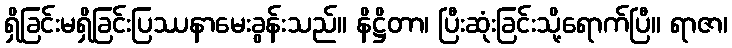
ရှိခြင်းမရှိခြင်းပြဿနာမေးခွန်းသည်။ နိဋ္ဌိတာ၊ ပြီးဆုံးခြင်းသို့ရောက်ပြီ။ ရာဇာ၊